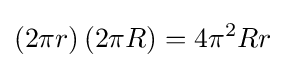
\left(2\pi r\right)\left(2\pi R\right)=4\pi ^{2}Rr